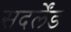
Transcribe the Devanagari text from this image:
सदर्लेंड